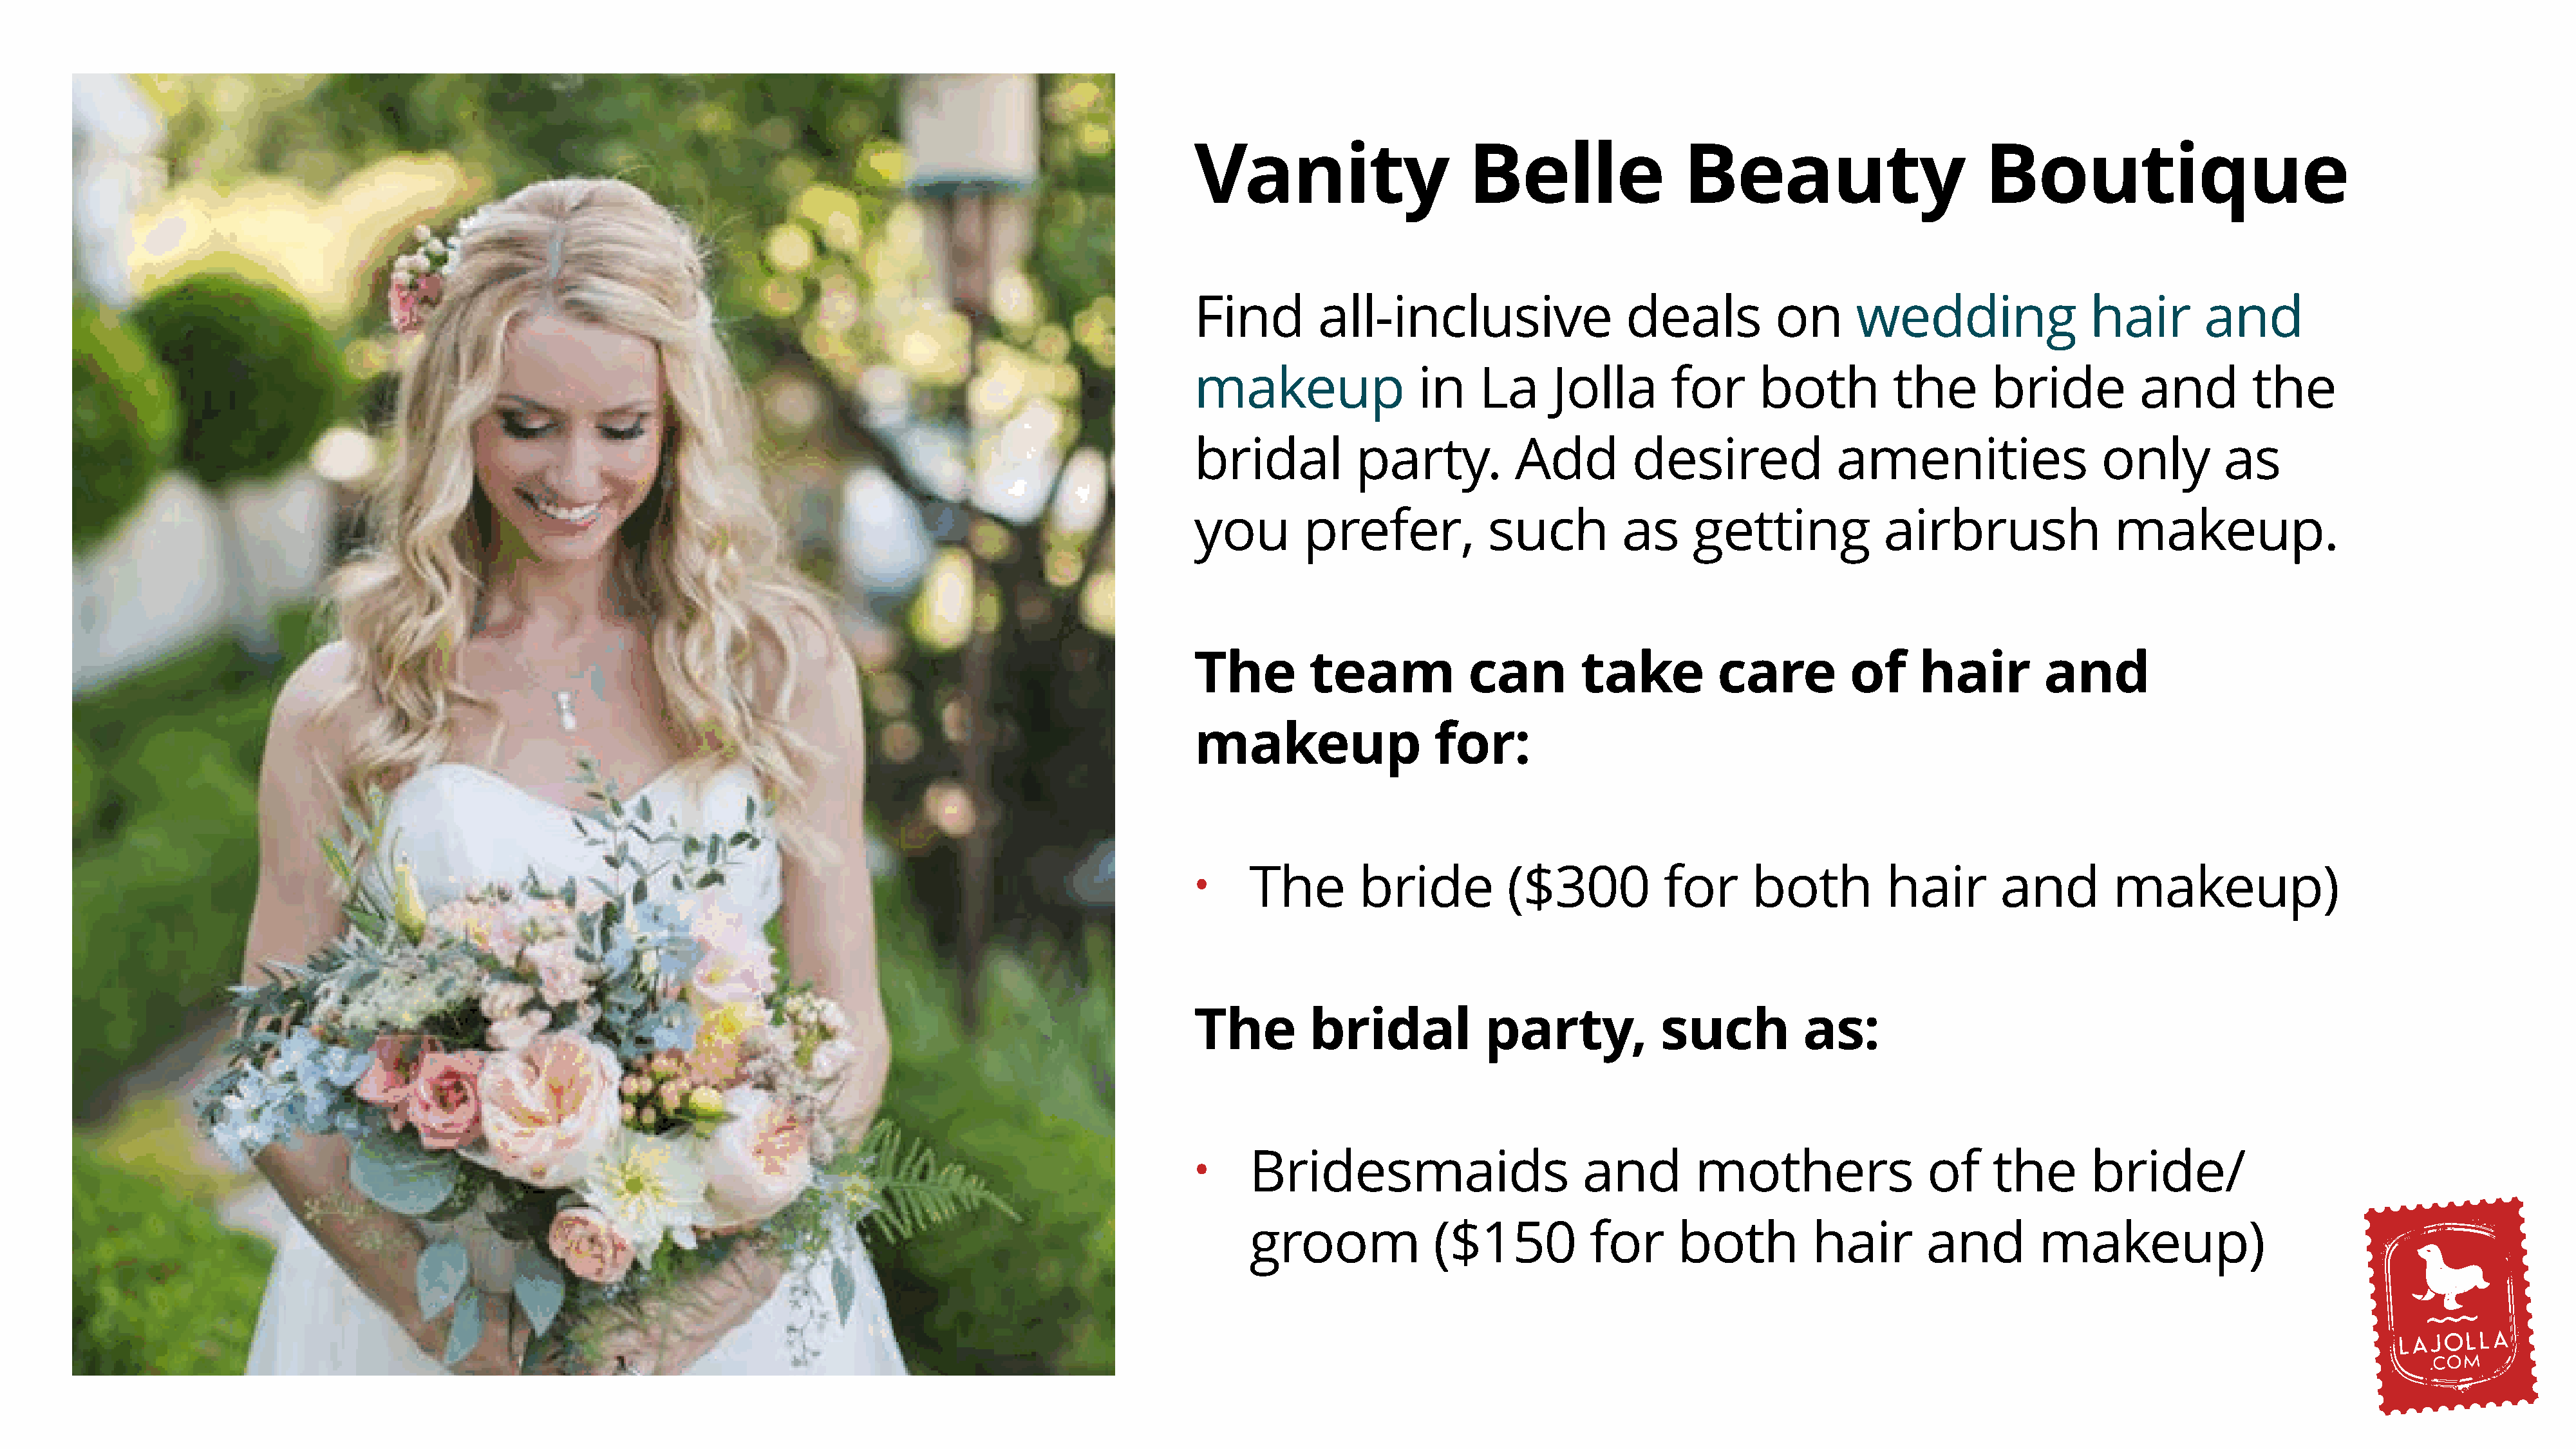
Vanity                      Belle                 Beauty                         Boutique
 Find        all-inclusive                   deals          on       wedding                 hair        and
 makeup                 in    La      Jolla       for      both          the       bride          and        the
 bridal          party.           Add         desired              amenities                  only         as
 you        prefer,            such          as     getting             airbrush               makeup.
 The         team            can        take           care         of     hair         and
 makeup                  for:
 •    The         bride          ($300           for      both          hair        and        makeup)
 The         bridal            party,            such          as:
 •    Bridesmaids                        and        mothers                 of     the       bride/
 groom              ($150           for      both          hair        and         makeup)